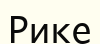
Рике